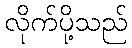
လိုက်ပို့သည်